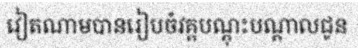
វៀតណាមបានរៀបចំវគ្គបណ្តុះបណ្តាលជូន